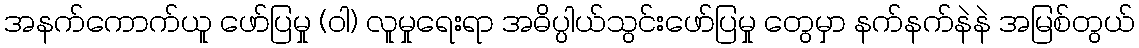
အနက်ကောက်ယူ ဖော်ပြမှု (ဝါ) လူမှုရေးရာ အဓိပ္ပါယ်သွင်းဖော်ပြမှု တွေမှာ နက်နက်နဲနဲ အမြစ်တွယ်